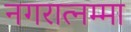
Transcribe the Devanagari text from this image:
नगरात्नम्मा